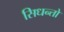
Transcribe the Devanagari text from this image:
सिधन्तो